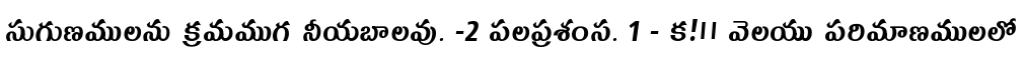
సుగుణములను క్రమముగ నీయబాలవు. -2 పలప్రశంస. 1 - క!॥ వెలయు పరిమాణములలో